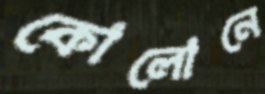
কোলোনে